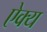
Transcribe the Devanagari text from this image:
ऐक्‍य